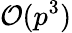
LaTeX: \mathcal{O}(p^{3})